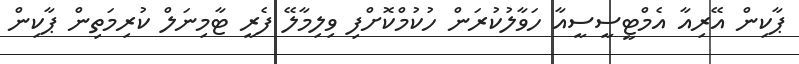
ޕާކިން އޭރިއާ އެމްޓީސީސީއާ ހަވާލުކުރަން ހުކުމްކޮށްފި ވިލިމާލޭ ފެރީ ޓާމިނަލް ކުރިމަތިން ޕާކިން